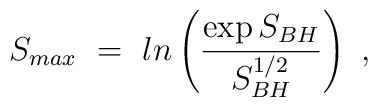
S_{max}~=~ln \left( {\exp{S_{BH}} \over S_{BH}^{1/2} } \right)~,